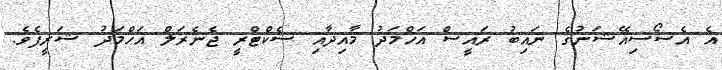
އެ އެސޯސިއޭޝަނުގެ ނައިބު ރައީސް އަހްމަދު މާއިދާއި ސެކްޓްރީ ޖެނެރަލް އަހްމަދު ޝަރީފެވެ.